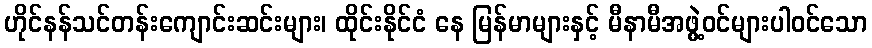
ဟိုင်နန်သင်တန်းကျောင်းဆင်းများ၊ ထိုင်းနိုင်ငံ နေ မြန်မာများနှင့် မီနာမီအဖွဲ့ဝင်များပါဝင်သော